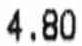
4.80